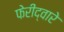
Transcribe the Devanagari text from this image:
फेरीद्वारे